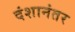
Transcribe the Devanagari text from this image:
दंशानंतर